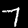
Label: 7